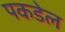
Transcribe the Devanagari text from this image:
पकडेल